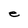
Character: e